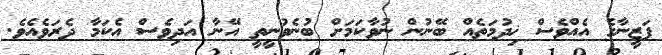
ފަޒީނާގެ އެއްވެސް ޚިދުމަތެއް ބޭނުން ނުވާކަމަށް ބުނެވުނީތީ އޭނާ އަދިވެސް އެކަމާ ދެރަވެއެވެ.